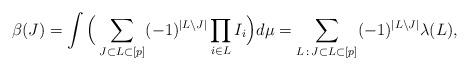
LaTeX: \begin{align*}\beta(J) &= \int \Big( \sum_{J\subset L \subset [p]} (-1)^{|L\setminus J|} \prod_{i\in L} I_i \Big) d\mu =\sum_{L\, :\, J\subset L \subset [p]} (-1)^{|L\setminus J|} \lambda(L),\end{align*}